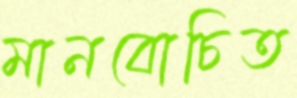
মানবোচিত